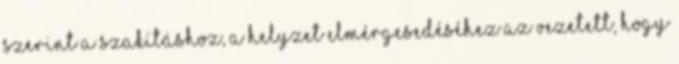
szerint a szakításhoz, a helyzet elmérgesedéséhez az vezetett, hogy